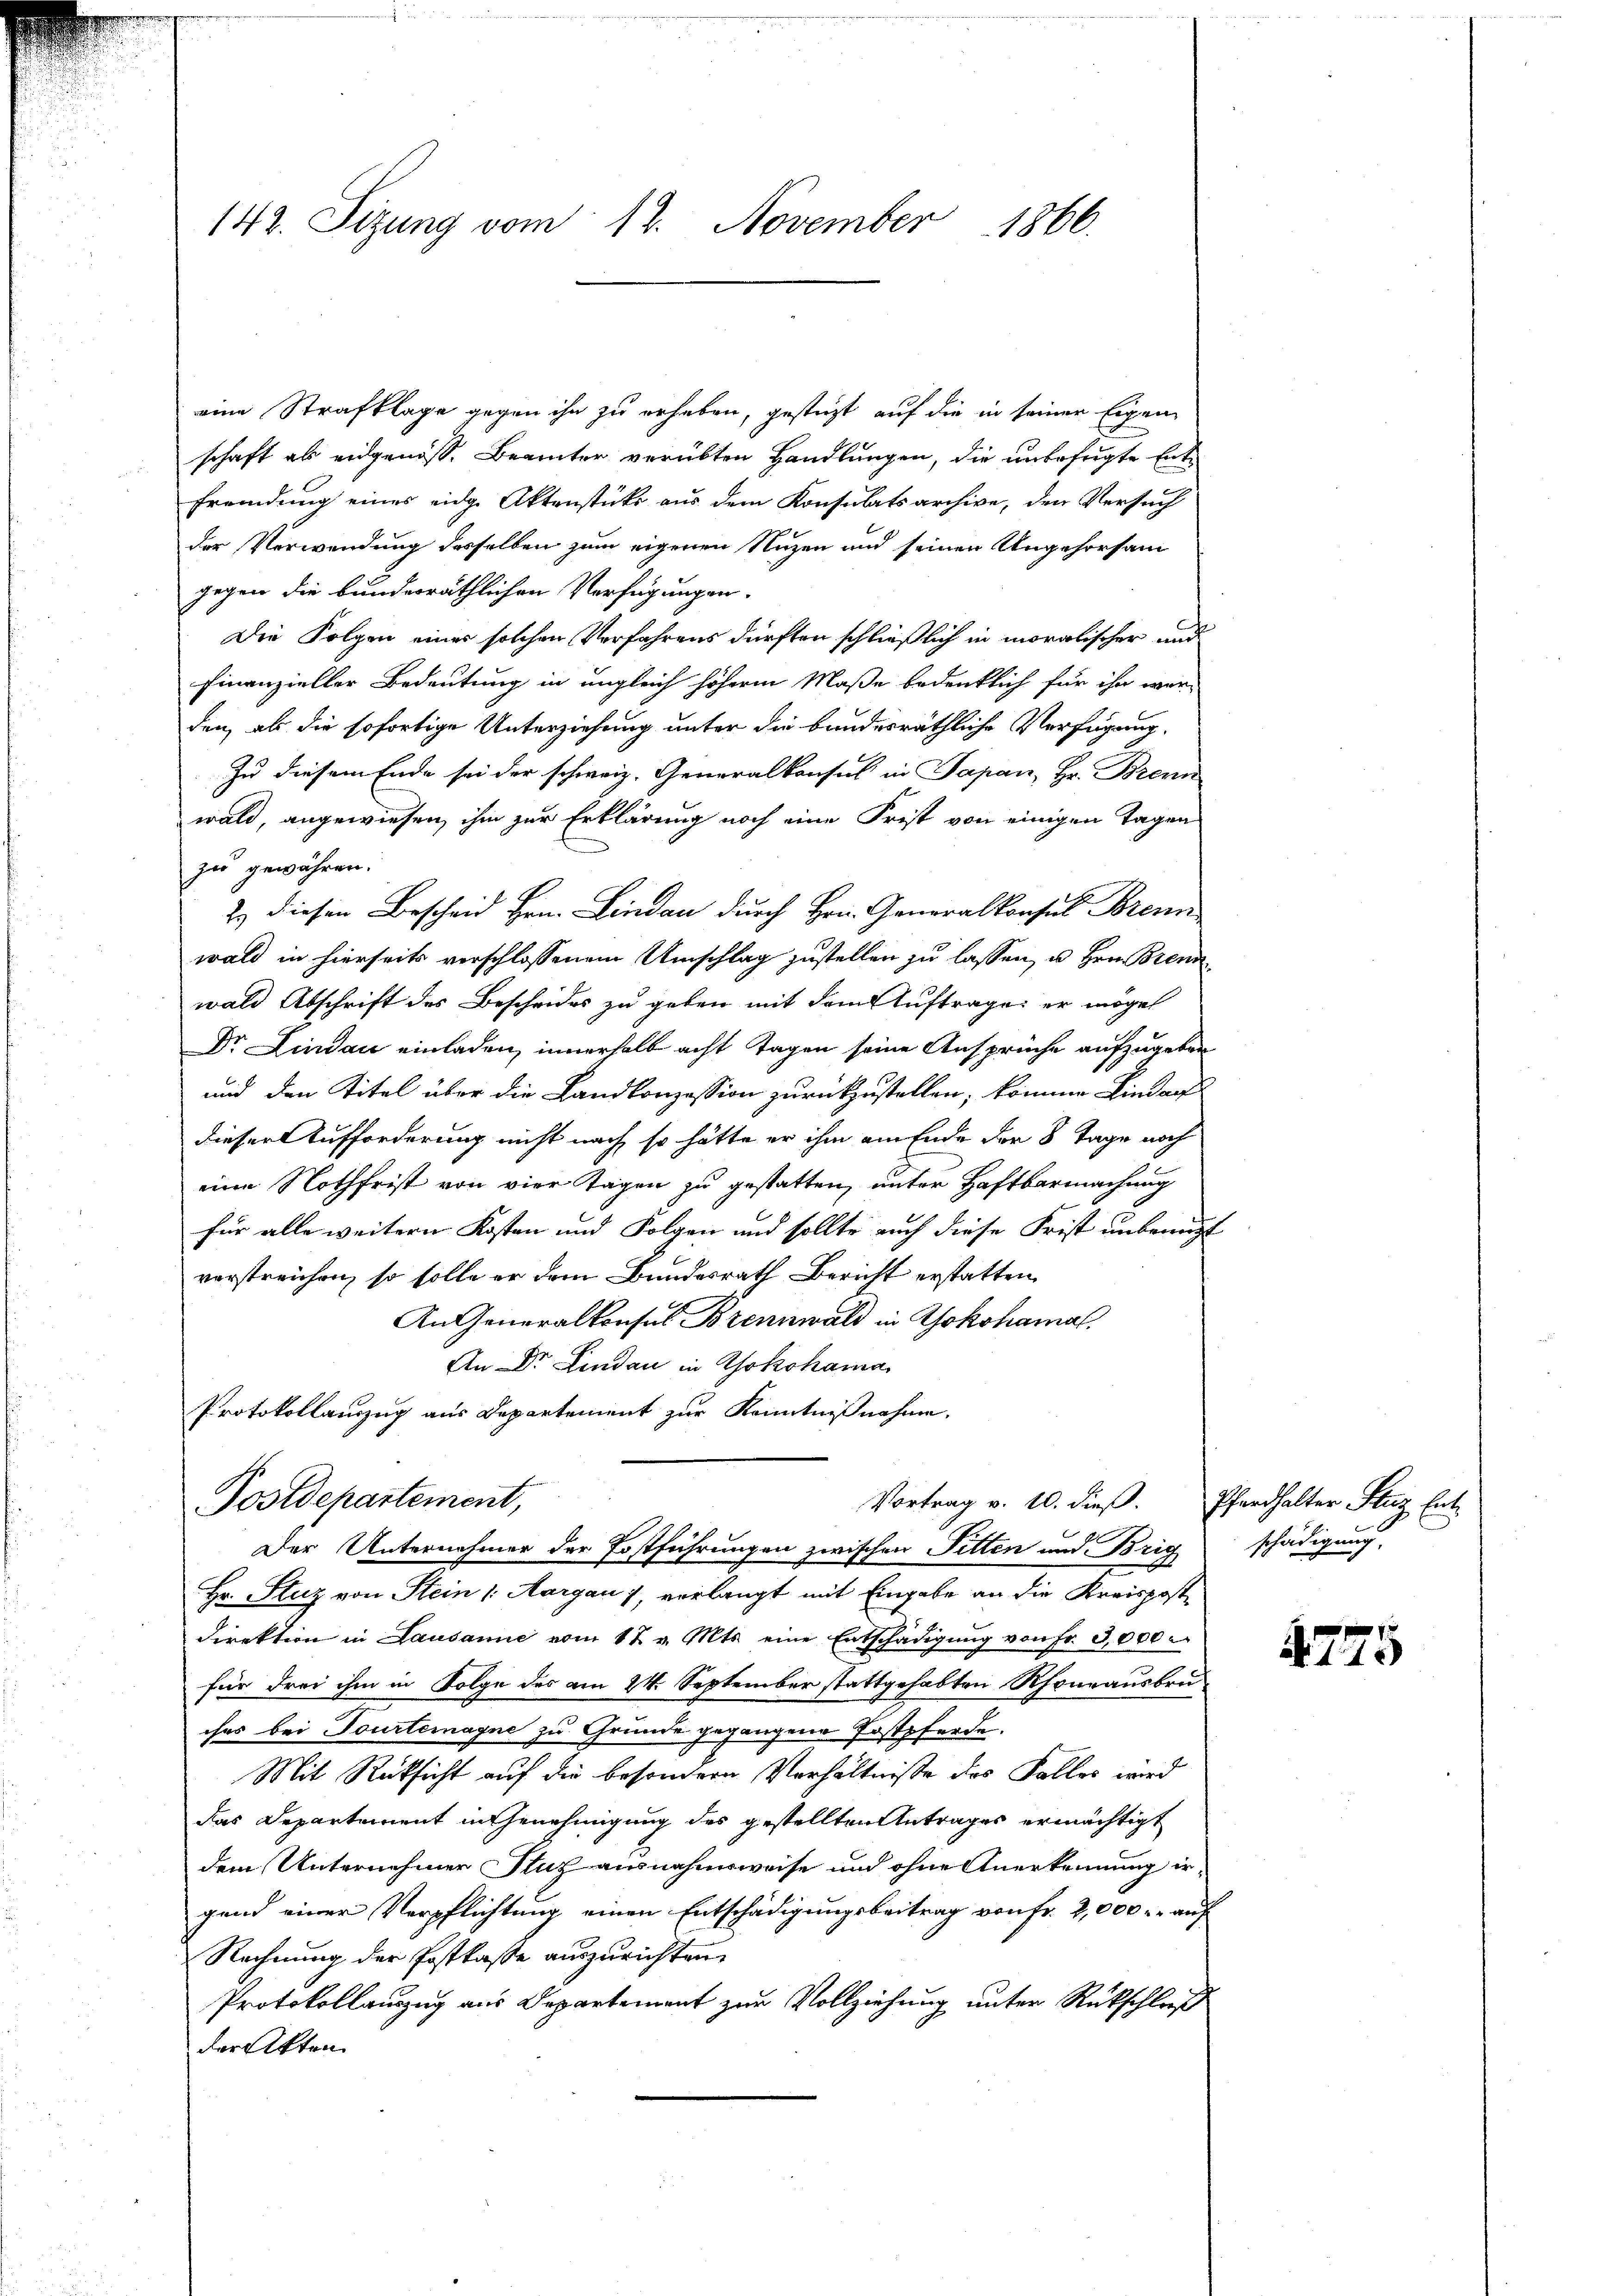
142. Sizung vom 12. November 1866.

eine Strafklage gegen ihn zu erhaben, gesteht auf die in seiner Eigen
schaft als eidgenöss. Beamter verübten Handlungen, die unbefugte Entfremdung eines eidg. Aktenstücke aus dem Konsulatsarchive, den Versuch
der Verwendung desselben zum eigenen Nuzen und seinen Ungehorsam
gegen die bunderräthlichen Verfügungen-
Die Folgen eines solchen Verfahrens dürften schließlich in moralischer und
Finanzieller Bedeutung in ungleich höheren Maße bedenklich für ihn werden, als die sofortige Unterziehung unter die bundesräthliche Verfügung,
Zu diesem Ende sei der schweiz. Generalkonsul in Papan, Hr. Brenn
wald, angewiesen, ihm zur Erklärung noch eine Frist von einigen Tagen
zu gewähren.
2) diesen Bescheid Hrn. Lindau durch Hrn. Generalkonsul Brenn
wald in hierseits verschlossenem Umschlag zustellen zu lassen, u. Hrn. Brenn
wald Abschrift des Bescheides zu geben mit dem Auftrage er mögen
Dr Lindau einladen, innerhalb acht Tagen seine Ansprüche aufzugeben
und den Titel über die Landkonzession zurückzustellen, können Lindauf
dieser Aufforderung nicht nach so hätte er ihm am Ende der 8 Tage noch
eine Nothfrist von vier Tagen zu gestatten, unter Haftbarmachung
für alle weitern Kosten und Folgen und sollte auch diese Frist unbenut
vorstreichen, so solle er dem Bundesrath Bericht erstatten
An Generalkonses Brennwald in Yokohamal
An Dr. Lindau in Yokohama
Protokollauszug aus Departement zur Kenntnißnahme.
Vortrag v. 10. dieβ. Pferdhalter Stuz Ent-
Postdepartement,
Der Unternehmer der Erstführungen zwischen Fitten und Brig
Hr. Stuz von Stein /: Aargau 7, verlangt mit Eingabe an die Kreispostdirektion in Lausanne vom 12. v. Mts. eine Entschädigŭng von Fr. 3,000.
für drei ihm in Folge des am 24. September stattgehabten Rhoneausbrüches bei Tourteragne zu Grunde gegangene Postpferde.
Mit Rücksicht auf die besondern Verhältnisse des Falles wird
das Departement in Genehmigung des gestellten Antrages ermächtigt
dem Unternehmer Stutz ausnahmsweise und ohne Anerkennung irgend einer Verpflichtung einen Entschädigungsbeitrag von Fr. 2,000 auf
Rechnung der Postkasse auszurichten,
Protokollauszug aus Departement zur Vollziehung unter Rückschluß
der Akten.

schädigung.

4775